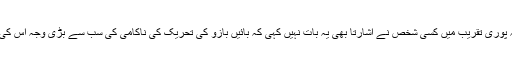
اس کی وجہ یہ ہے کہ پوری تقریب میں کسی شخص نے اشارتاً بھی یہ بات نہیں کہی کہ بائیں بازو کی تحریک کی ناکامی کی سب سے بڑی وجہ اس کی مذہب بے زاری ہے۔